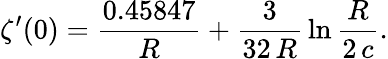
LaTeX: \zeta^{\prime}(0)=\frac{0.45847}{R}+\frac{3}{32\, R}\, \ln\frac{R}{2\, c}.